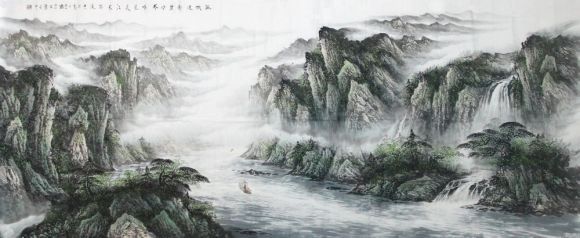
孤帆远影碧空尽，唯见长江天际流。